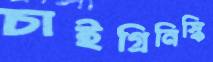
চাইগ্রিনিস্কি